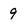
Character: 9